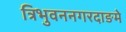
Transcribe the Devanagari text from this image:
त्रिभुवननगरदाङमे